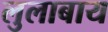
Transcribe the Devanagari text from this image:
लुलाबाय